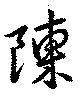
陳